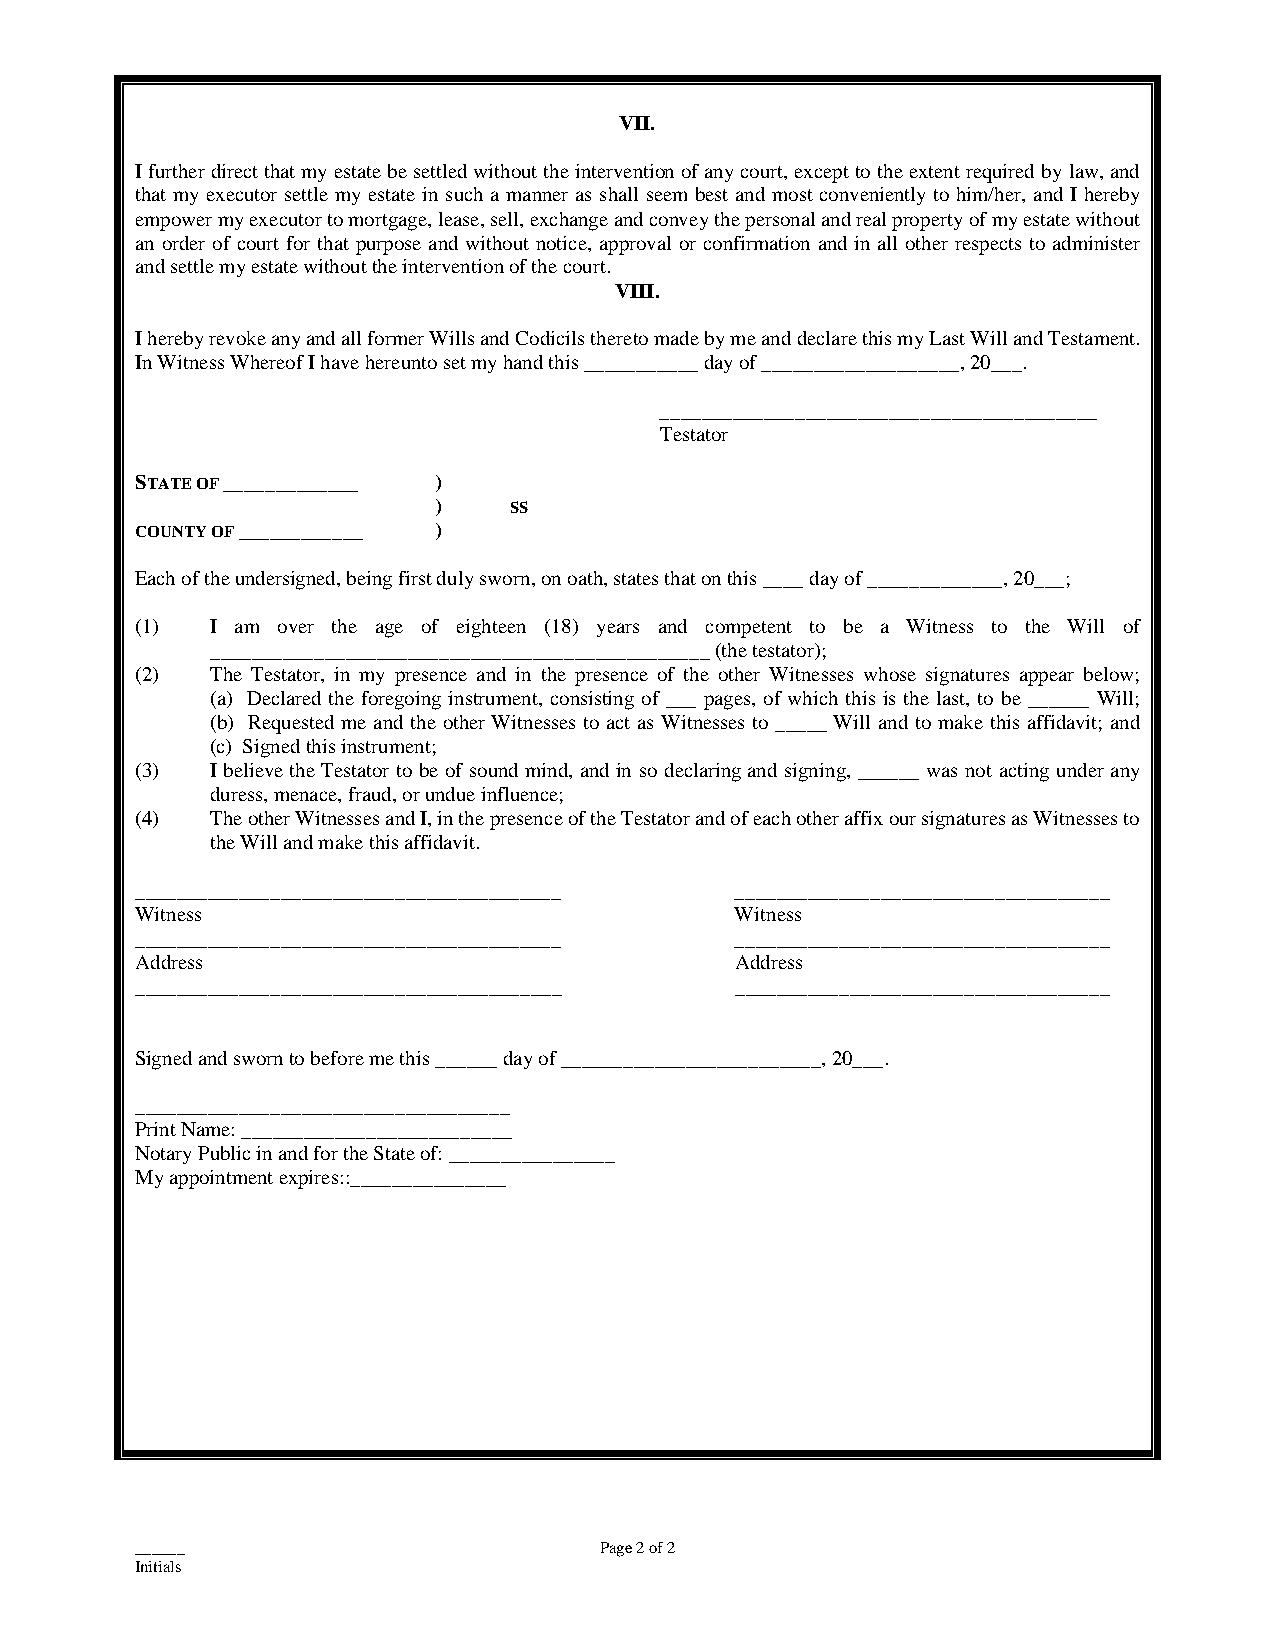
VII.
 I further direct that my estate be settled without the intervention of any court, except to the extent required by law, and
 that my executor settle my estate in such a manner as shall seem best and most conveniently to him/her, and I hereby
 empower my executor to mortgage, lease, sell, exchange and convey the personal and real property of my estate without
 an order of court for that purpose and without notice, approval or confirmation and in all other respects to administer
 and settle my estate without the intervention of the court.
 VIII.
 I hereby revoke any and all former Wills and Codicils thereto made by me and declare this my Last Will and Testament.
 In Witness Whereof I have hereunto set my hand this ___________ day of ___________________, 20___.
 __________________________________________
 Testator
 STATE OF _____________ )
 )    SS
 COUNTY OF ____________ )
 Each of the undersigned, being first duly sworn, on oath, states that on this ____ day of _____________, 20___;
 (1)  I am over the age of eighteen (18) years and competent to be a Witness to the Will of
 ________________________________________________ (the testator);
 (2)  The Testator, in my presence and in the presence of the other Witnesses whose signatures appear below;
 (a) Declared the foregoing instrument, consisting of ___ pages, of which this is the last, to be ______ Will;
 (b) Requested me and the other Witnesses to act as Witnesses to _____ Will and to make this affidavit; and
 (c) Signed this instrument;
 (3)  I believe the Testator to be of sound mind, and in so declaring and signing, ______ was not acting under any
 duress, menace, fraud, or undue influence;
 (4)  The other Witnesses and I, in the presence of the Testator and of each other affix our signatures as Witnesses to
 the Will and make this affidavit.
 _________________________________________ ____________________________________
 Witness                                 Witness
 _________________________________________ ____________________________________
 Address                                 Address
 _________________________________________ ____________________________________
 Signed and sworn to before me this ______ day of _________________________, 20___.
 ____________________________________
 Print Name: __________________________
 Notary Public in and for the State of: ________________
 My appointment expires::_______________
 ______                         Page 2 of 2
 Initials